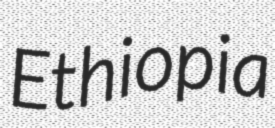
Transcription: Ethiopia